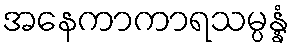
အနေကာကာရသမ္ပန္နံ